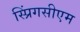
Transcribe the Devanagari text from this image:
स्प्रिंगसीएम